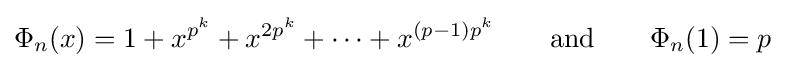
\Phi _{n}(x)=1+x^{p^{k}}+x^{2p^{k}}+\cdots +x^{(p-1)p^{k}}\qquad {\text{and}}\qquad \Phi _{n}(1)=p